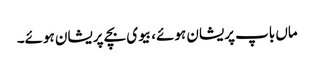
ماں باپ پریشان ہوئے، بیوی بچے پریشان ہوئے۔